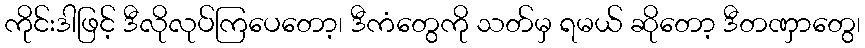
ကိုင်းဒါဖြင့် ဒီလိုလုပ်ကြပေတော့၊ ဒီကံတွေကို သတ်မှ ရမယ် ဆိုတော့ ဒီတဏှာတွေ၊